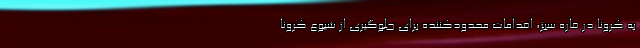
به کرونا در قاره سبز، اقدامات محدودکننده برای جلوگیری از شیوع کرونا